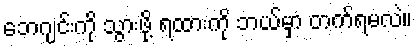
ဘေဂျင်းကို သွားဖို့ ရထားကို ဘယ်မှာ တက်ရမလဲ။